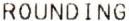
ROUNDING